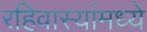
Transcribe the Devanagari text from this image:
रहिवास्यांमध्ये